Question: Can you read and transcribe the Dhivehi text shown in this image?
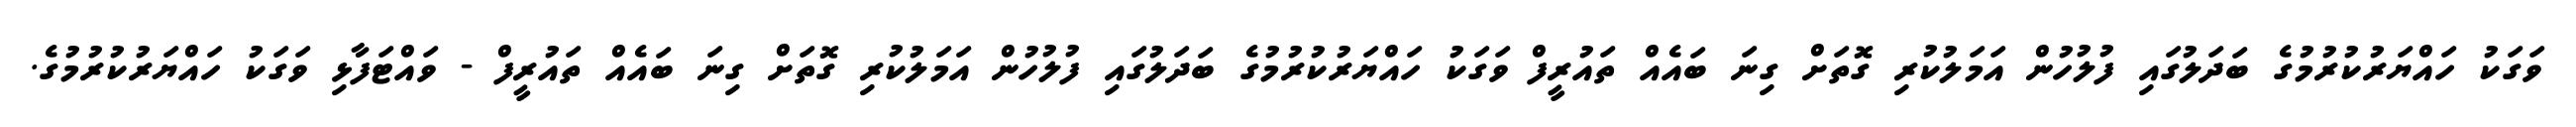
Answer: ވަގަކު ހައްޔަރުކުރުމުގެ ބަދަލުގައި ފުލުހުން އަމަލުކުރި ގޮތަށް ގިނަ ބައެއް ތައުރީފް ވަގަކު ހައްޔަރުކުރުމުގެ ބަދަލުގައި ފުލުހުން އަމަލުކުރި ގޮތަށް ގިނަ ބައެއް ތައުރީފް - ވައްޓަފާޅި ވަގަކު ހައްޔަރުކުރުމުގެ.